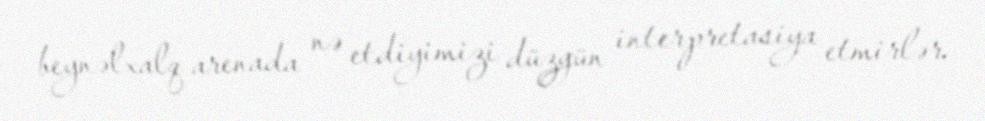
beynəlxalq arenada nə etdiyimizi düzgün interpretasiya etmirlər.